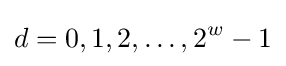
d=0,1,2,\dots ,2^{w}-1